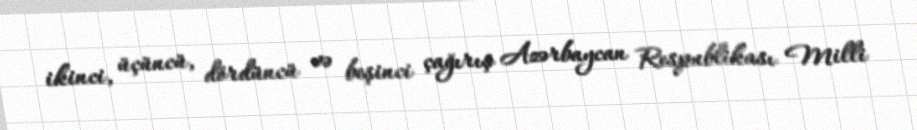
ikinci, üçüncü, dördüncü və beşinci çağırış Azərbaycan Respublikası Milli